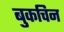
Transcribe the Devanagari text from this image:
बुकचिन